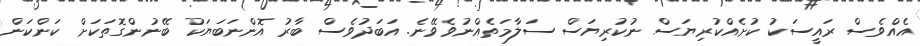
އެއްވެސް ރައީސަކު ކުށެއްކުރިޔަސް ނުކުރިޔަސް ސަލާމަތެއްނުވެވޭނެ. އަބަދުވެސް ބާރު އޮންނަބަޔަކު ބޭނުންގޮތަކަށް ކަންކަން